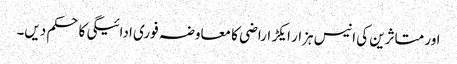
اور متاثرین کی انیس ہزار ایکڑ اراضی کا معاوضہ فوری ادائیگی کاحکم دیں۔